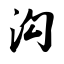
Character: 沟